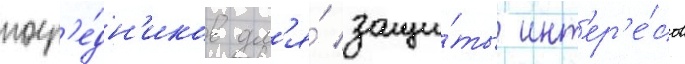
поср'е́дн'иков дл'я́ защи́ты инт'ер'е́сов